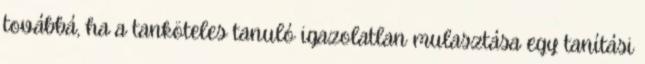
továbbá, ha a tanköteles tanuló igazolatlan mulasztása egy tanítási